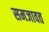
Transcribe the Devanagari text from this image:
समजावत